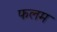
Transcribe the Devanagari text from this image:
फलम